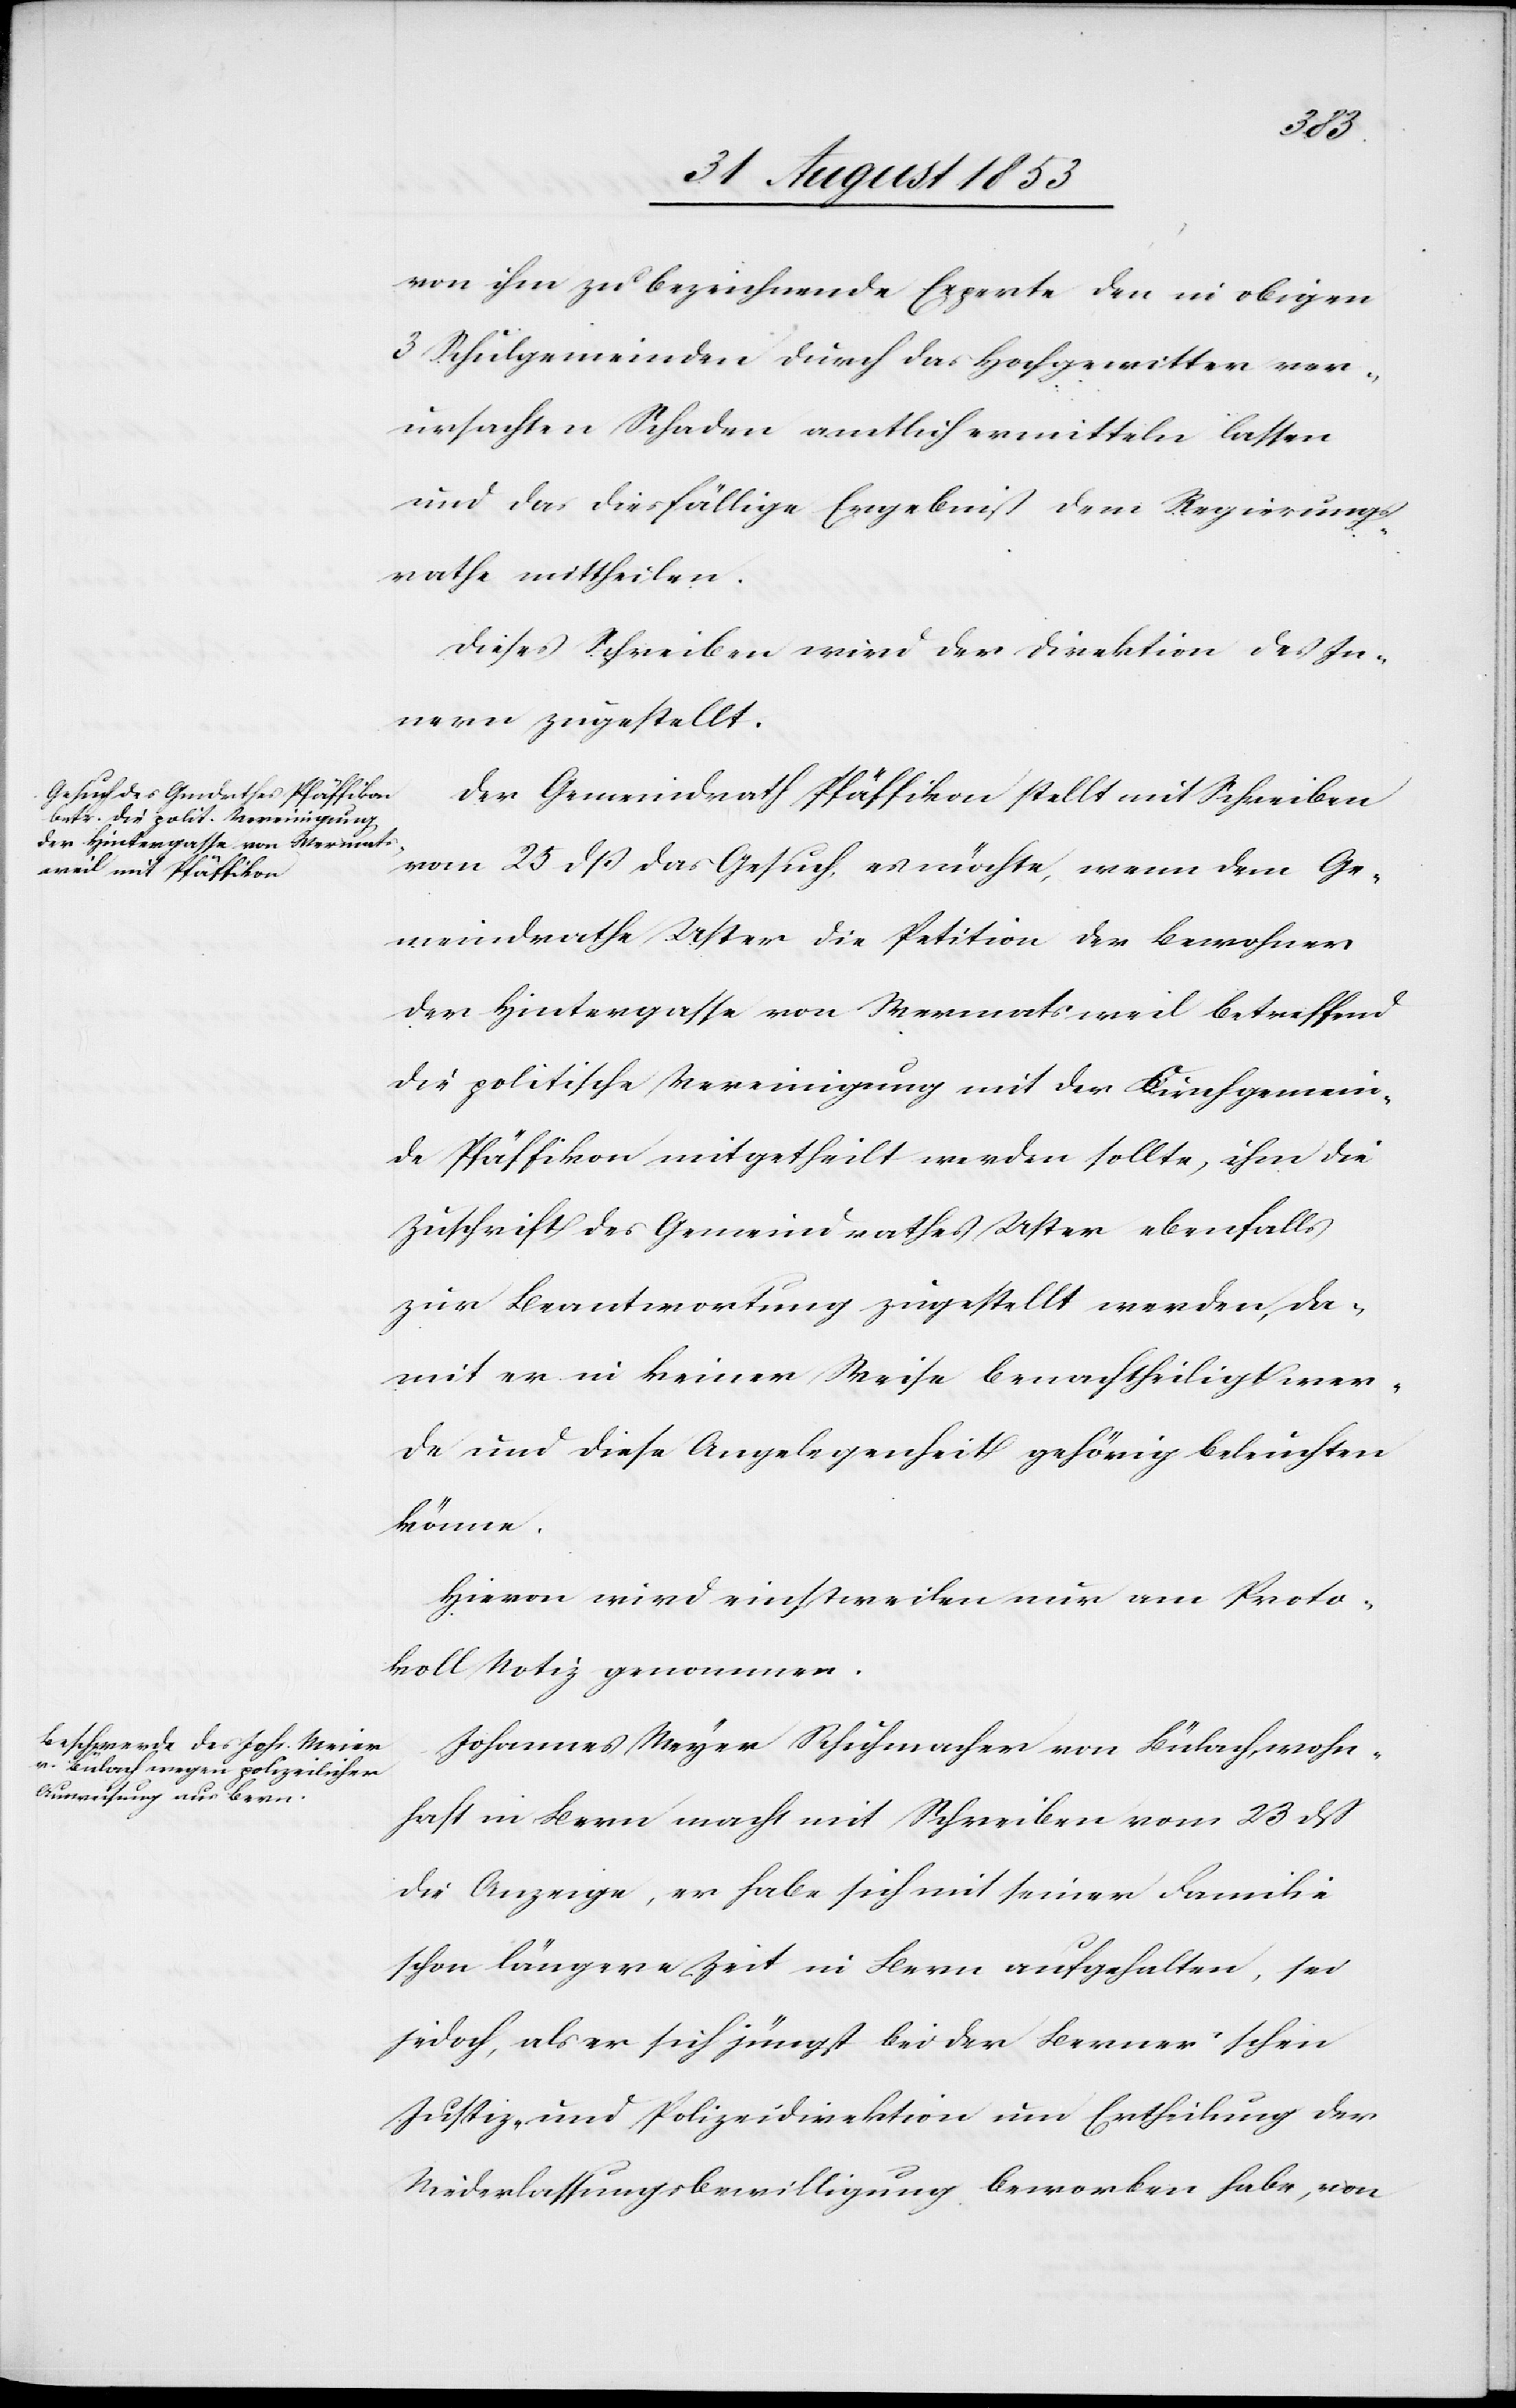
von ihm zu bezeichnende Experte den in obigen
3 Schulgemeinden durch das Hochgewitter ver¬
ursachten Schaden amtlich ermitteln lassen
und das diesfällige Ergebniß dem Regierungs¬
rathe mittheilen.
Dieses Schreiben wird der Direktion des In¬
nern zugestellt.
Der Gemeindrath Pfäffikon stellt mit Schreiben
vom
25 dß das Gesuch, es möchte, wenn dem Ge¬
meindrathe Uster die Petition der Bewohner
der Hirtengasse von Wermatsweil betreffend
die politische Vereinigung mit der Kirchgemein¬
de Pfäffikon mitgetheilt werden sollte, ihm die
Zuschrift des Gemeindrathes Uster ebenfalls
zur Beantwortung zugestellt werdn, da¬
mit er in keiner Weise benachtheiligt wer¬
de und diese Angelegenheit gehörig beleuchten
könne.
Hievon wird einstweilen nur am Proto¬
koll Notiz genommen.
Johannes Meyer Schuhmacher von Bülach wohn¬
haft in Bern macht mit Schreiben vom 23 dß
die Anzeige, er habe sich mit seiner Familie
schon längere Zeit in Bern aufgehalten, sei
jedoch , als er sich jüngst bei der Berner’schen
Justiz- und Polizeidirektion um Ertheilung der
Niederlassungsbewilligung beworben habe, von